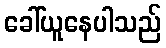
ခေါ်ယူနေပါသည်